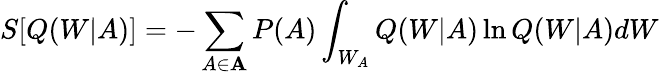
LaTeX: S[Q(W|A)]=-\sum_{A\in\mathbf{A}}P(A)\int_{W_{A}}Q(W|A)\ln Q(W|A)dW